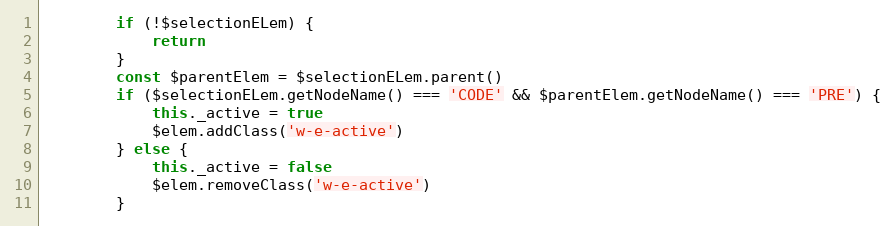
Language: JavaScript
        if (!$selectionELem) {
            return
        }
        const $parentElem = $selectionELem.parent()
        if ($selectionELem.getNodeName() === 'CODE' && $parentElem.getNodeName() === 'PRE') {
            this._active = true
            $elem.addClass('w-e-active')
        } else {
            this._active = false
            $elem.removeClass('w-e-active')
        }